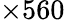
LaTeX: \times 560